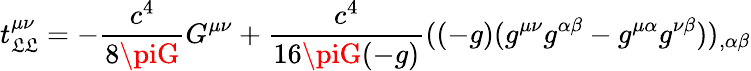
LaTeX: t_{\mathfrak{L}\mathfrak{L}}^{\mu\nu}=-{\frac{{c^{4}}}{{8\piG}}}G^{\mu\nu}+{\frac{{c^{4}}}{{16\piG(-g)}}}((-g)(g^{\mu\nu}g^{\alpha\beta}-g^{\mu\alpha}g^{\nu\beta}))_{,\alpha\beta}